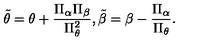
\tilde { \theta } = \theta + { \frac { \Pi _ { \alpha } \Pi _ { \beta } } { \Pi _ { \theta } ^ { 2 } } } , \tilde { \beta } = \beta - { \frac { \Pi _ { \alpha } } { \Pi _ { \theta } } } .